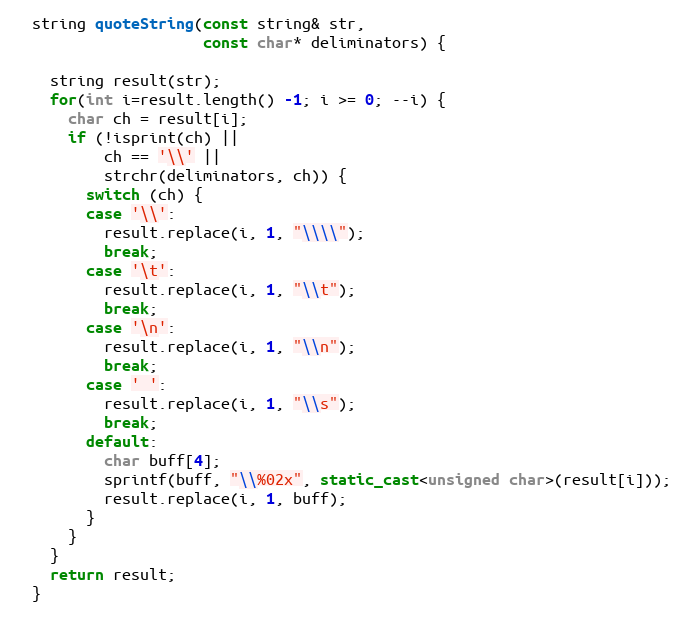
Language: C++
  string quoteString(const string& str,
                     const char* deliminators) {

    string result(str);
    for(int i=result.length() -1; i >= 0; --i) {
      char ch = result[i];
      if (!isprint(ch) ||
          ch == '\\' ||
          strchr(deliminators, ch)) {
        switch (ch) {
        case '\\':
          result.replace(i, 1, "\\\\");
          break;
        case '\t':
          result.replace(i, 1, "\\t");
          break;
        case '\n':
          result.replace(i, 1, "\\n");
          break;
        case ' ':
          result.replace(i, 1, "\\s");
          break;
        default:
          char buff[4];
          sprintf(buff, "\\%02x", static_cast<unsigned char>(result[i]));
          result.replace(i, 1, buff);
        }
      }
    }
    return result;
  }